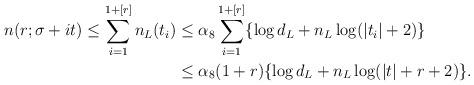
LaTeX: \begin{align*} n(r;\sigma+it) \leq \sum_{i=1}^{1+[r]} n_L(t_i) &\leq \alpha_8 \sum_{i=1}^{1+[r]} \{\log d_L +n_L \log(|t_i|+2)\}\\ &\leq \alpha_8 (1+r) \{\log d_L +n_L \log(|t|+r+2)\}.\end{align*}